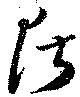
居